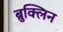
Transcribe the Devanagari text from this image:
ब्रुक्लिन